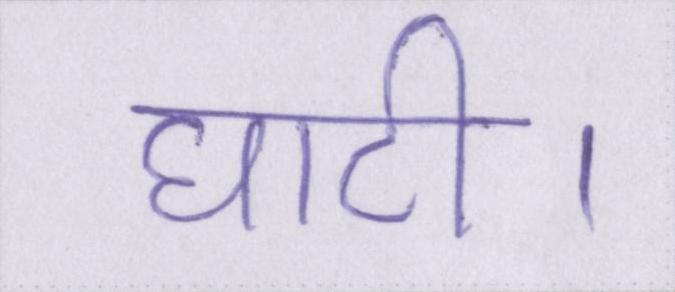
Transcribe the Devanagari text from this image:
घाटी।